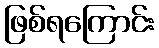
ဖြစ်ရကြောင်း